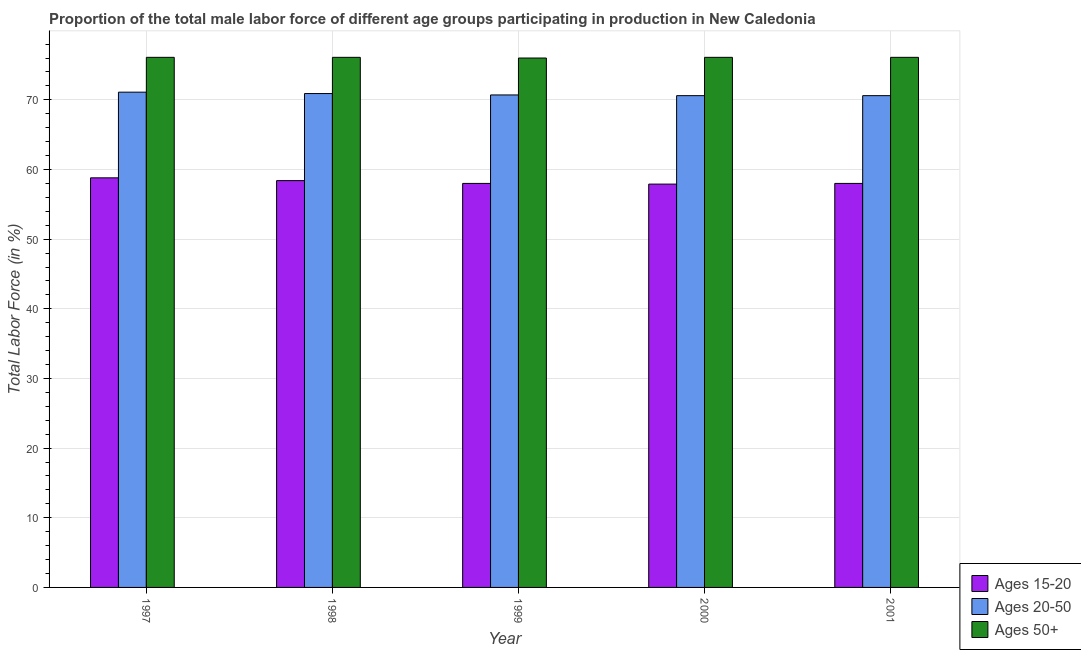
| Year | Ages 15-20 | Ages 20-50 | Ages 50+ |
 | --- | --- | --- | --- |
 | 1997 | 58.8 | 71.1 | 76.1 |
 | 1998 | 58.4 | 70.9 | 76.1 |
 | 1999 | 58 | 70.7 | 76 |
 | 2000 | 57.9 | 70.6 | 76.1 |
 | 2001 | 58 | 70.6 | 76.1 |